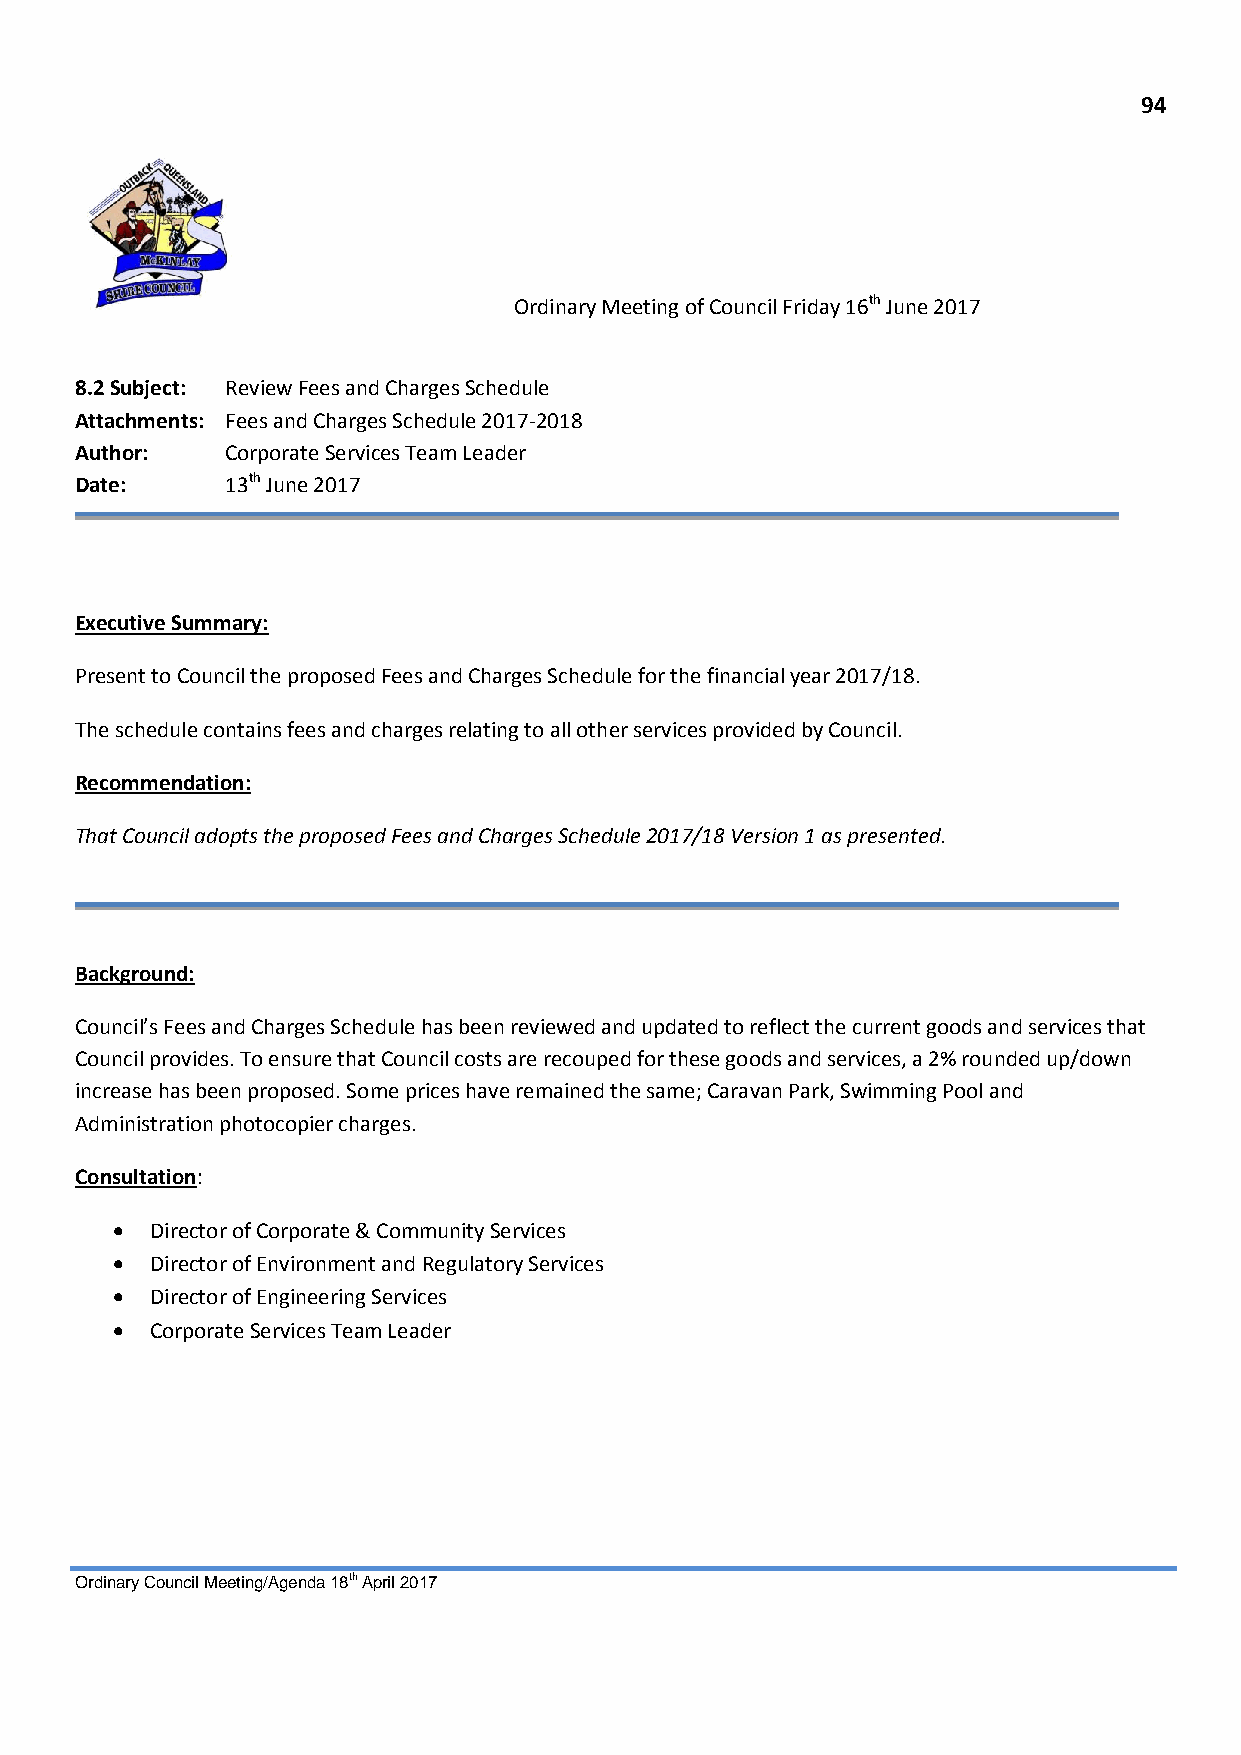
94
 Ordinary Meeting of Council Friday 16th June 2017
 8.2 Subject: Review Fees and Charges Schedule
 Attachments: Fees and Charges Schedule 2017-2018
 Author:   Corporate Services Team Leader
 Date:     13th June 2017
 Executive Summary:
 Present to Council the proposed Fees and Charges Schedule for the financial year 2017/18.
 The schedule contains fees and charges relating to all other services provided by Council.
 Recommendation:
 That Council adopts the proposed Fees and Charges Schedule 2017/18 Version 1 as presented.
 Background:
 Council’s Fees and Charges Schedule has been reviewed and updated to reflect the current goods and services that
 Council provides. To ensure that Council costs are recouped for these goods and services, a 2% rounded up/down
 increase has been proposed. Some prices have remained the same; Caravan Park, Swimming Pool and
 Administration photocopier charges.
 Consultation:
   Director of Corporate & Community Services
   Director of Environment and Regulatory Services
   Director of Engineering Services
   Corporate Services Team Leader
 Ordinary Council Meeting/Agenda 18th April 2017